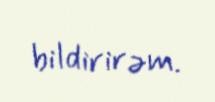
bildirirəm.